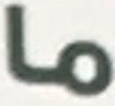
ما